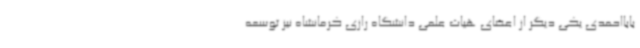
بابااحمدی یکی دیگر از اعضای هیات علمی دانشگاه رازی کرمانشاه نیز توسعه